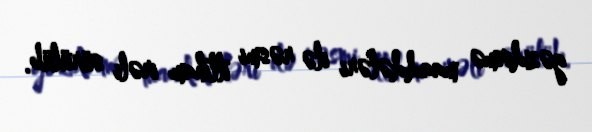
gəzdirmə maaddələri ilə rəsmi ittiham irəli sürülüb.